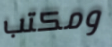
ومكتب